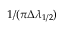
1 / ( \pi \Delta \lambda _ { 1 / 2 } )